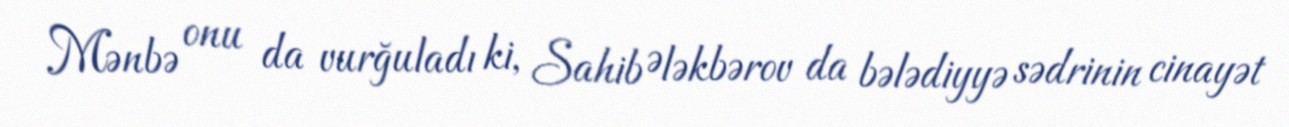
Mənbə onu da vurğuladı ki, Sahib Ələkbərov da bələdiyyə sədrinin cinayət